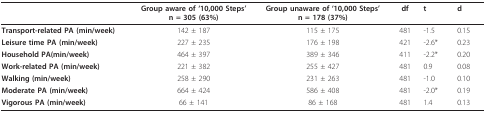
|  | Group aware of '10,000 Steps'n = 305 (63%) | Group unaware of '10,000 Steps'n = 178 (37%) | df | t | d |
 | --- | --- | --- | --- | --- | --- |
 | Transport-related PA (min/week) | 142 ± 187 | 115 ± 175 | 481 | -1.5 | 0.15 |
 | Leisure time PA (min/week) | 227 ± 235 | 176 ± 198 | 421 | -2.6* | 0.23 |
 | Household PA(min/week) | 464 ± 397 | 389 ± 346 | 411 | -2.2* | 0.20 |
 | Work-related PA (min/week) | 221 ± 382 | 255 ± 427 | 481 | 0.9 | 0.08 |
 | Walking (min/week) | 258 ± 290 | 231 ± 263 | 481 | -1.0 | 0.10 |
 | Moderate PA (min/week) | 664 ± 424 | 586 ± 408 | 481 | -2.0* | 0.19 |
 | Vigorous PA (min/week) | 66 ± 141 | 86 ± 168 | 481 | 1.4 | 0.13 |